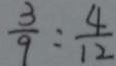
\frac { 3 } { 9 } : \frac { 4 } { 1 2 }